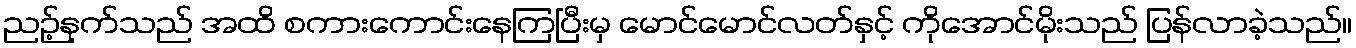
ညဉ့်နက်သည် အထိ စကားကောင်းနေကြပြီးမှ မောင်မောင်လတ်နှင့် ကိုအောင်မိုးသည် ပြန်လာခဲ့သည်။